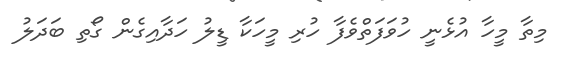
މިތާ މީހާ އުޅެނީ ހުވަފަތްވެފާ ހުރި މީހަކާ ޑީލު ހަދާއިގެން ގޯތި ބަދަލު